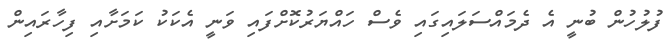
ފުލުހުން ބުނީ އެ ދެމައްސަލައިގައި ވެސް ހައްޔަރުކޮށްފައި ވަނީ އެކަކު ކަމަށާއި ފިހާރައިން